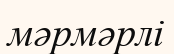
мәрмәрлі